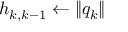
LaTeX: h _ { k , k - 1 } \leftarrow \| q _ { k } \|